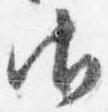
御